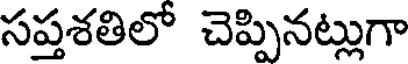
సప్తశతిలో చెప్పినట్లుగా